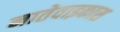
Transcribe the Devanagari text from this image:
नातेवाइकास